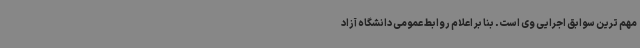
مهم ترین سوابق اجرایی وی است. بنا بر اعلام روابط عمومی دانشگاه آزاد